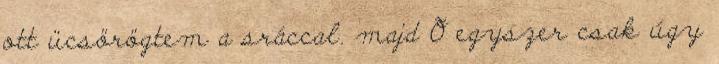
ott ücsörögtem a sráccal. majd Õ egyszer csak úgy